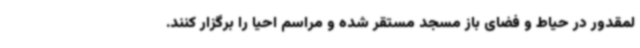
لمقدور در حیاط و فضای باز مسجد مستقر شده و مراسم احیا را برگزار کنند.